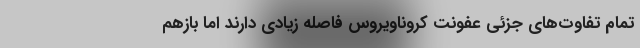
تمام تفاوت‌های جزئی عفونت کروناویروس فاصله زیادی دارند اما بازهم